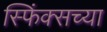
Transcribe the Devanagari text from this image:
स्फिंक्सच्या